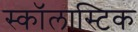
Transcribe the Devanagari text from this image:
स्कॉलास्टिक